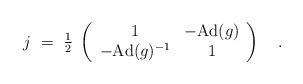
LaTeX: \begin{align*}j~=~{\textstyle{1\over 2}} \; \left( \begin{array}{cc} 1 & - \mbox{Ad}(g) \\ - \mbox{Ad}(g)^{-1} & 1 \end{array} \right)~~~.\end{align*}